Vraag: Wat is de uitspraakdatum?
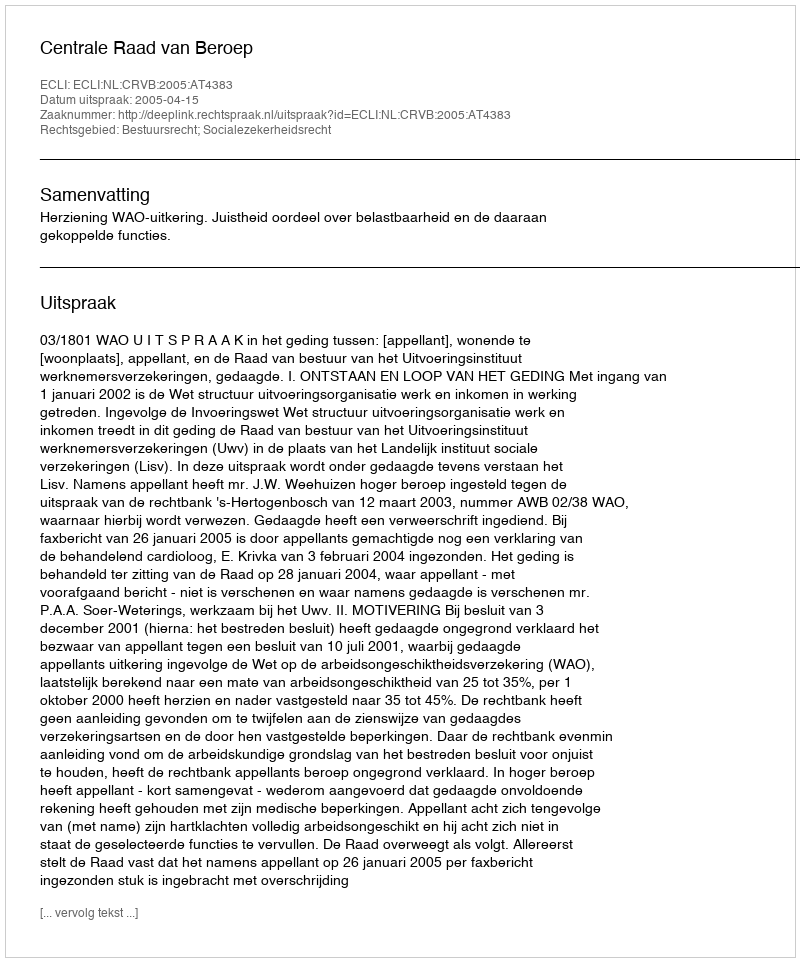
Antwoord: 2005-04-15